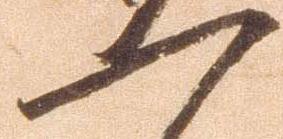
一